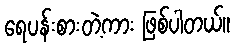
ရေပန်းစားတဲ့ကား ဖြစ်ပါတယ်။